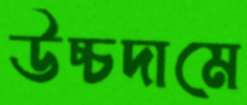
উচ্চদামে